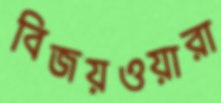
বিজয়ওয়ারা